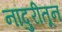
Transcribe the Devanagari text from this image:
नांदुरीतून